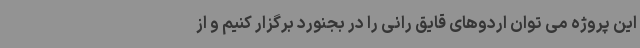
این پروژه می توان اردوهای قایق رانی را در بجنورد برگزار کنیم و از